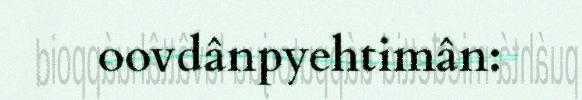
oovdânpyehtimân: